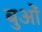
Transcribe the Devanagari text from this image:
बुओं